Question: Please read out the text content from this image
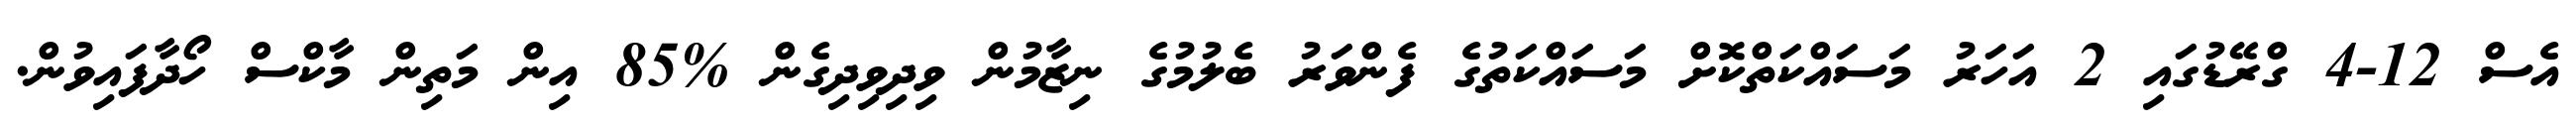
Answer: އެސް 12-4 ގްރޭޑުގައި 2 އަހަރު މަސައްކަތްކޮށް މަސައްކަތުގެ ފެންވަރު ބެލުމުގެ ނިޒާމުން ވިދިވިދިގެން %85 އިން މަތިން މާކްސް ހޯދާފައިވުން.